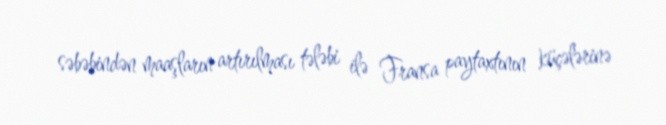
səbəbindən maaşların artırılması tələbi ilə Fransa paytaxtının küçələrinə